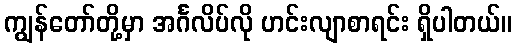
ကျွန်တော်တို့မှာ အင်္ဂလိပ်လို ဟင်းလျာစာရင်း ရှိပါတယ်။